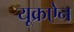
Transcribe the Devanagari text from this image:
यूक्रऐन